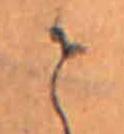
せ